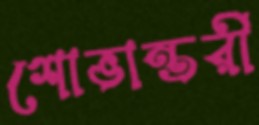
শোভান্তরী